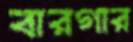
বারগার